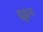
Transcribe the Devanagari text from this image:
ह्युइश